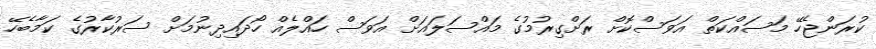
ކުރަންޖެހޭ މަސައްކަތް އަވަސްކޮށް ރަށްގިރުމުގެ މައްސަލައަށް އަވަސް ހައްލެއް ހޯދައިދިނުމަށް ސަރުކާރުގެ ކަމާބެހޭ